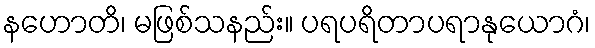
နဟောတိ၊ မဖြစ်သနည်း။ ပရပရိတာပရာနုယောဂံ၊